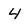
Character: 4